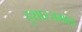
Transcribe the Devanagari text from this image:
हुशारजमाव